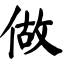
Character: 做